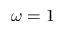
\omega = 1